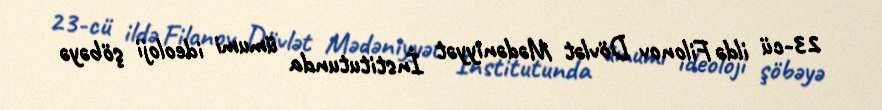
23-cü ildə Filonov Dövlət Mədəniyyət İnstitutunda ümumi ideoloji şöbəyə